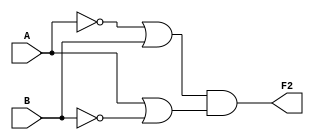
`timescale 1ns / 1ps
//////////////////////////////////////////////////////////////////////////////////
// Company: 
// Engineer: 
// 
// Design Name: 
// Module Name: curcuit2
// Project Name: 
// Target Devices: 
// Tool Versions: 
// Description: 
// 
// Dependencies: 
// 
// Revision:
// Revision 0.01 - File Created
// Additional Comments:
// 
//////////////////////////////////////////////////////////////////////////////////


module curcuit2(

    input A,
    input B,
    output reg F2
    );
    
    always@ (*) begin
       F2 = ~A|B && A|~B;
    end
endmodule